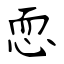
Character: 恧